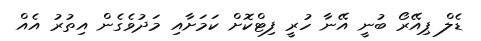
ޑެލް ޕިއޭރޯ ބުނީ އޭނާ ހުރީ ފިޓްކޮށް ކަމަށާއި މަދުވެގެން އިތުރު އެއް